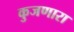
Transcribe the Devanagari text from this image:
कुजणारा